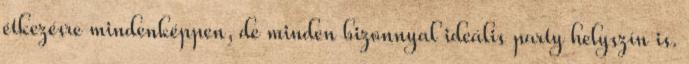
étkezésre mindenképpen, de minden bizonnyal ideális party helyszín is.